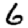
Digit: 6